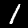
Digit: 1